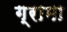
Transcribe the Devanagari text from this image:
ग्रामा